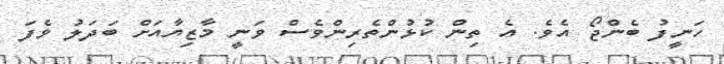
ހަނީފު ބެންޖޯ އެވެ. އެ ތިން ކުޅުންތެރިންވެސް ވަނީ މާޒިޔާއަށް ބަދަލު ވެފަ